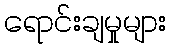
ရောင်းချမှုများ